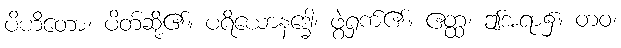
ပိဟိတော၊ ပိတ်ဆို့၏။ ပရိယောနဒ္ဓေါ၊ ဖွဲ့ရှက်၏။ ဧတ္ထ၊ ဤအရာ၌။ တဝ၊